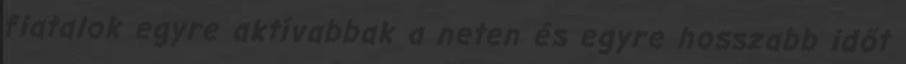
fiatalok egyre aktívabbak a neten és egyre hosszabb időt